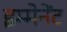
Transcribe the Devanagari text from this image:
इम्मेनेंट